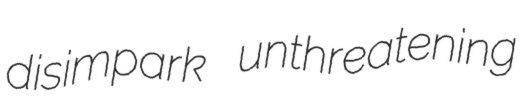
disimpark unthreatening